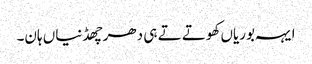
ایہہ بوریاں کھوتے تے ہی دھر چھڈنیاں ہان۔